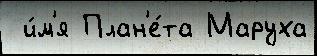
 и́м'я План'е́та Маруха